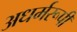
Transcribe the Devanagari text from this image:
अधर्मरूपी